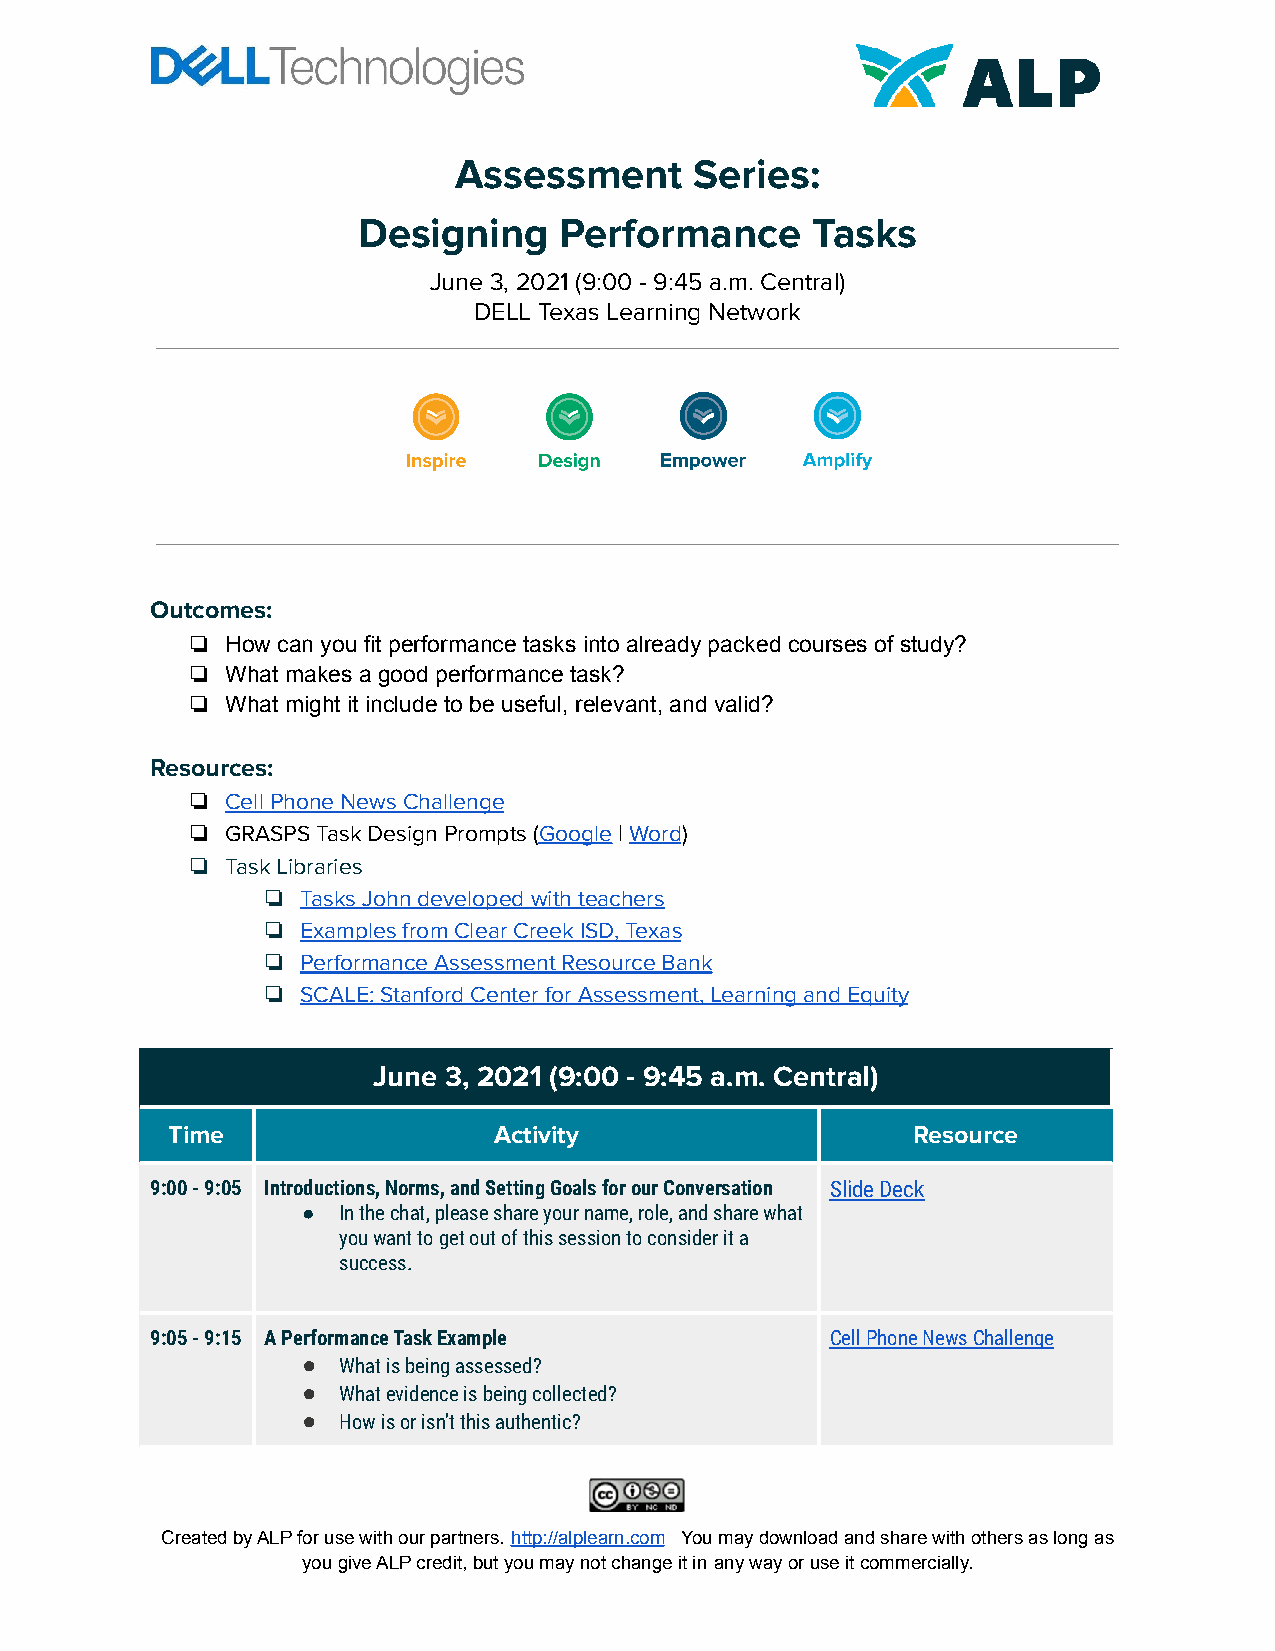
Assessment      Series:
 Designing    Performance      Tasks
 June 3, 2021 (9:00 - 9:45 a.m. Central)
 DELL Texas Learning Network
 Outcomes:
 ❏  How can you fit performance tasks into already packed courses of study?
 ❏  What makes a good performance task?
 ❏  What might it include to be useful, relevant, and valid?
 Resources:
 ❏  Cell Phone News Challenge
 ❏  GRASPS Task Design Prompts (Google|Word)
 ❏  Task Libraries
 ❏  Tasks John developed with teachers
 ❏  Examples from Clear Creek ISD, Texas
 ❏  Performance Assessment Resource Bank
 ❏  SCALE: Stanford Center for Assessment, Learning andEquity
 June 3, 2021 (9:00 - 9:45 a.m. Central)
 Time                  Activity                   Resource
 9:00 - 9:05 Introductions, Norms, and Setting Goals for our Conversation Slide Deck
 ● In the chat, please share your name, role, and sharewhat
 you want to get out of this session to consider ita
 success.
 9:05 - 9:15 A Performance Task Example       Cell Phone News Challenge
 ● What is being assessed?
 ● What evidence is being collected?
 ● How is or isn’t this authentic?
 Created by ALP for use with our partners. http://alplearn.com You may download and share with others as longas
 you give ALP credit, but you may not change it in any way or use it commercially.